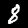
Label: 8